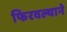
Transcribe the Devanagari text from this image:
फिरवल्याने